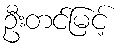
ဦးတင်မြင့်